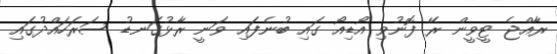
ރާއްޖެ ޓީވީން ރޭ ފޮނުވި އޯޑިއޯ ގައި ބުނެފައި ވަނީ ރާޅުގަނޑު ސަރަހައްދުގައި